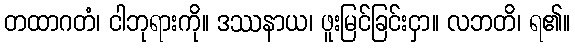
တထာဂတံ၊ ငါဘုရားကို။ ဒဿနာယ၊ ဖူးမြင်ခြင်းငှာ။ လဘတိ၊ ရ၏။